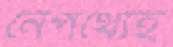
নেপথ্যেই